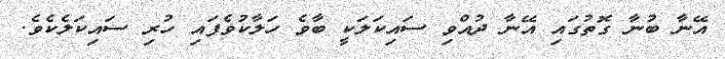
އޭނާ ބުނާ ގޮތުގައި އޭނާ ދުއްވި ސައިކަލަކީ ބާވެ ހަލާކުވެފައި ހުރި ސައިކަލެކެވެ.